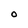
Character: 0